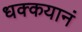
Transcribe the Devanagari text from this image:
धक्कयानं